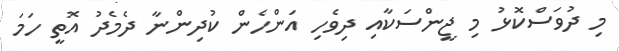
މި ދުވަސްކޮޅު މި ޖީންސަކާއި ދިވެހި އަންހެން ކުދިންނާ ދެމެދު އޮތީ ހަމަ